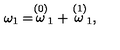
\omega _ { 1 } = \stackrel { \left( 0 \right) } { \omega } _ { 1 } + \stackrel { \left( 1 \right) } { \omega } _ { 1 } ,